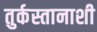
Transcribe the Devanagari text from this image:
तुर्कस्तानाशी